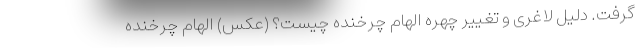
گرفت. دلیل لاغری و تغییر چهره الهام چرخنده چیست؟ (عکس) الهام چرخنده